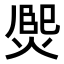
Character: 𤋅